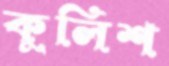
কুলিশ